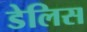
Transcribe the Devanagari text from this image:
डेलिस